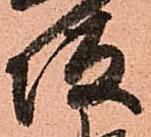
坂